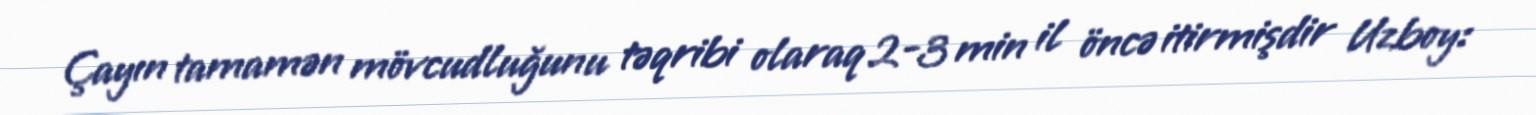
Çayın tamamən mövcudluğunu təqribi olaraq 2-3 min il öncə itirmişdir Uzboy: